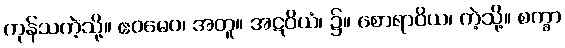
ကုန်သကဲ့သို့။ ဧဝမေဝ၊ အတူ။ အဋဝိယံ၊ ၌။ စောရာဝိယ၊ ကဲ့သို့။ စက္ခာ